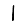
Digit: 1